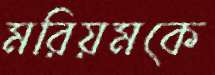
মরিয়মকে